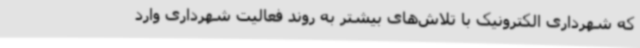
که شهرداری الکترونیک با تلاش‌های بیشتر به روند فعالیت شهرداری وارد